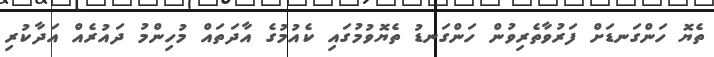
ތެޔޮ ހަންގަނޑަށް ފަރުވާތެރިވުން ހަންގަނޑު ތެޔޮވުމުގައި ކެއުމުގެ އާދަތައް މުހިންމު ދައުރެއް އަދާކުރި